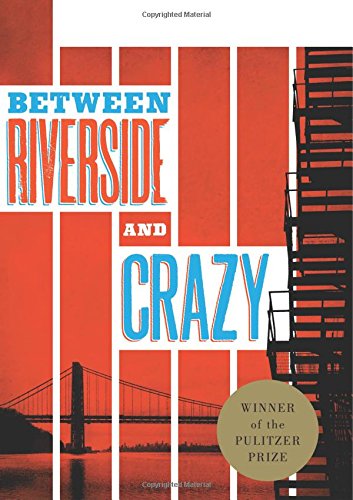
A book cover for Between Riverside and Crazy; Stephen Adly Guirgis; Literature & Fiction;